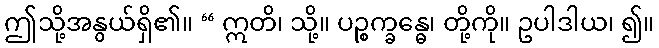
ဤသို့အနွယ်ရှိ၏။ “ ဣတိ၊ သို့။ ပဉ္စက္ခန္ဓေ၊ တို့ကို။ ဥပါဒါယ၊ ၍။